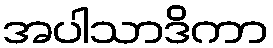
အပါသာဒိကာ